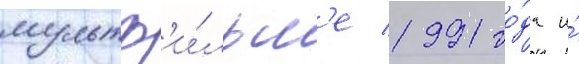
мультф'и́льм'е 1991 го́да и́